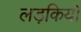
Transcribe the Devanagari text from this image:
लड़कियो